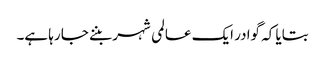
بتایا کہ گوادر ایک عالمی شہر بننے جا رہا ہے۔